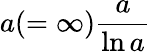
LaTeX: a(=\infty){\frac{a}{\ln a}}